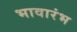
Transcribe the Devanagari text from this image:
भावारंभ